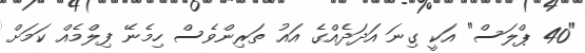
"40 ޕްލަސް" އަކީ ގިނަ އަދަދެއްގެ އައު ތަރިންވެސް ހިމެނޭ ފިލްމެއް ކަމަށް